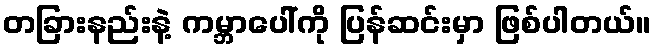
တခြားနည်းနဲ့ ကမ္ဘာပေါ်ကို ပြန်ဆင်းမှာ ဖြစ်ပါတယ်။